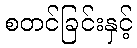
စတင်ခြင်းနှင့်